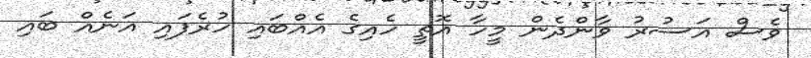
ވެސް އަސުރު ވާންދެން މީހާ އޮތީ ހެއިގެ އެއްބައި ހުރެފައި އަނެއް ބައި